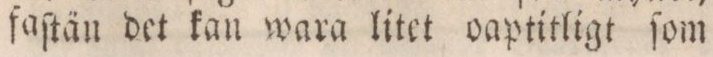
faſtän det kan wara litet oaptitligt ſom